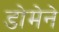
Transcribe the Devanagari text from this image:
डोमेने